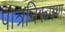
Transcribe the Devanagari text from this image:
पात्रनिरूपण